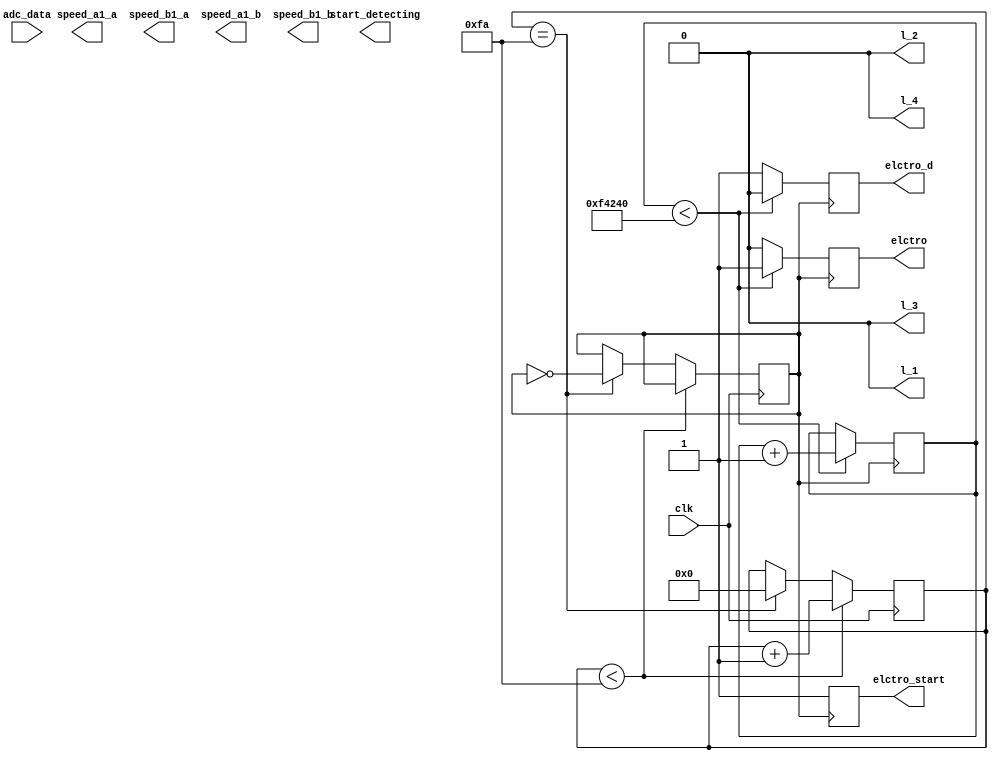
module control_bot(
	input clk,
	input [2:0] adc_data,
	output [6:0] speed_a1_a , // speed of right motor 
	output [6:0] speed_b1_a , // speed of right motor
	output [6:0] speed_a1_b , // speed of left motor
	output [6:0] speed_b1_b,  // speed of left motor
	

	
	//*******************LED Output**********************
	output l_1,
	output l_2,
	output l_3,
	output l_4,
	
	//**************Electromagnet Output******************
	output elctro,
	output elctro_start,
	output elctro_d,
	//**************Color output
	output start_detecting
	
	//*****************************************
);


	reg r_elctro_start;
//********************************************
	reg r_l_1 = 0; 
	reg r_l_2 = 0;
	reg r_l_3 = 0;
	reg r_l_4 = 0;
	
	assign l_1 = r_l_1;
	assign l_2 = r_l_2;
	assign l_3 = r_l_3;
	assign l_4 = r_l_4;	
//********************************************


	reg r_elctro ;
	reg r_elctro_d ;

// varialbles for speed
	reg [6:0] r_speed_a1_a ; // speed of right motor 
	reg [6:0] r_speed_a1_b  ; // speed of right motor
	reg [6:0] r_speed_b1_a ; // speed of left motor
	reg [6:0] r_speed_b1_b  ; // speed of left mot
	
	// for nodes 4 bits regs
	reg c_d ;
	reg [5:0] counter = 1;
	reg [3:0] current_node = wait_for_node;  // to indicate current node 
	reg [3:0] next_node =node_1 ;  // to indicate next node
	
	
	//for actions and processes			
	reg [2:0] action_to_take = follow_line ;  // 3 bit  to hold the actions(turns) to take		
		
	// defining states to use in the state macine logic
	parameter wait_for_node = 4'b0000;
	parameter node_1 = 4'b0001;
	parameter node_2 = 4'b0010;
	parameter node_3 = 4'b0011;
	parameter node_4 = 4'b0100;
	parameter node_5 = 4'b0101; 
	parameter node_6 = 4'b0110;
	parameter node_7 = 4'b0111;
	parameter node_8 = 4'b1000;
	parameter node_0 = 4'b1001;
	
	//--------------node_condition------------------
	
	parameter	follow_line = 3'b000;
	parameter	turn_R = 3'b001;
	parameter	turn_L = 3'b011;
	parameter	go_st = 3'b110;
	
	// defining tasks for line following and turning ---------------------------------------------------------------------------------------
 	task line_follow ();  // this is used to follow line
	begin
		// adac_data is 3 bit bus and the bits represent the sensors itself. '1' means line detected '0' otherwise
		case (adc_data)
							// MSB is left_sensor and LSB is right_sensor
			3'b001 :
			begin
				r_speed_a1_a = 0;
				r_speed_b1_a = 0; 
				r_speed_a1_b = 85;//79
				r_speed_b1_b = 50;//34
			end
			
			//------------------right_turn-------------------
			3'b011 :
			begin
				r_speed_a1_a = 0; 
				r_speed_b1_a = 0; 
				r_speed_a1_b = 85;//79
				r_speed_b1_b = 55;//39
			end
			//-----------------straight--------------------
			3'b010 :
			begin	
				r_speed_a1_a = 0; 
				r_speed_b1_a = 0; 
				r_speed_a1_b = 80;//62.5
				r_speed_b1_b = 77;//58.5
			end

			//-----------------left_turn----------------
			3'b110 :
			begin
				r_speed_a1_a = 0; 
				r_speed_b1_a = 0; 
				r_speed_a1_b = 40;
				r_speed_b1_b = 80;
			end
			//-------------------left_arc-----------
			3'b100 :
			begin
				r_speed_a1_a = 0; 
				r_speed_b1_a = 0; 
				r_speed_a1_b = 40;
				r_speed_b1_b = 80;
		   end
			
			3'b000 :
			begin
				r_speed_a1_a = 0; 
				r_speed_b1_a = 90; 
				r_speed_a1_b = 75;
				r_speed_b1_b = 0;
			end
		endcase
	end
	endtask
	
	task turn_right ();  // to turn right
		begin
		r_speed_a1_a = 0;
		r_speed_b1_a = 35;
		r_speed_a1_b = 90;
		r_speed_b1_b = 0; 
		end
	endtask
	
	task turn_left (); // to turn left
		begin
		r_speed_a1_a = 40;
		r_speed_b1_a = 0;
		r_speed_a1_b = 0;
		r_speed_b1_b = 85; 
		end
	endtask
	
	
	task go_straight (); // to go straight speed should be as low as possible
		begin
		r_speed_a1_a = 0;
		r_speed_b1_a = 0;
		r_speed_a1_b = 80;
		r_speed_b1_b = 77;
		end
	endtask
	
	//-----------------clock_scaling---------------------------------
	
	reg clk_o =0;
	reg [20:0] count;
	reg [31:0] n;
	
	initial
	begin
		count =1 ;
		n =500;
		clk_o =0;
	end
	
	
	always @ (posedge clk)
	begin
		if (count < (n/2))
		begin
			count = count +1;
		end
		
		else if (count == (n/2))
		begin
			count = 0;
			clk_o = ~clk_o;
		end
	end
	
	reg[32:0]c_T=0;
	
	
	//reg elctro_d;
 /////////////////////////////////////////////////////////////////// 
 
	//********************Main Function*************
	always @ (posedge clk_o)
	begin
	
	r_elctro_start=1;
	if(c_T< 1000000)
	begin////////////////*********PICK box
	r_elctro_d=0;
	r_elctro=1;
	c_T=c_T+1;
	end
	else
	begin////////////////********drop Box
	r_elctro_d=1;
	r_elctro=0;
	end
	/*
	line_follow();
		case(current_node)
		
		wait_for_node:
		begin
			case(action_to_take)
					
				follow_line:
					begin
						line_follow();
						if( adc_data == 3'b111)	
						begin
							r_speed_a1_a = 0; 
							r_speed_b1_a = 0; 
							r_speed_a1_b = 60;
							r_speed_b1_b = 60;
							
							current_node =  next_node;
						end
					end
					
					turn_R:
					begin
						turn_right();
						if (adc_data != 3'b111 &  adc_data != 3'b000 & (adc_data == 3'b001 || adc_data == 3'b011)) action_to_take = follow_line;
					end
					
					turn_L:
					begin
						turn_left();
						if (adc_data != 3'b111 &  adc_data != 3'b000) action_to_take = follow_line;
					end

					go_st:
					begin
						go_straight();
						if (adc_data != 3'b111 &  adc_data != 3'b000 &  (adc_data == 3'b010)) action_to_take = follow_line;
					end
				endcase
			end
		   
		node_1:
		begin
			next_node = node_2;
			action_to_take = go_st;
			current_node = wait_for_node;
			//**********************************
			r_l_1 = 1; 
			r_l_2 = 0;
			r_l_3 = 0;
			r_l_4 = 0;
			//**********************************
			c_d = 0;
		end
		
		node_2:
		begin
			next_node = node_3;
			action_to_take = go_st;
			current_node = wait_for_node;
			//**********************************
			r_l_1 = 0; 
			r_l_2 = 1;
			r_l_3 = 0;
			r_l_4 = 0;
			//**********************************
			c_d = 0;
		end
		
		node_3:
		begin
			
			action_to_take = turn_R;
			
			current_node = wait_for_node;
			next_node = node_4;
			//**********************************
			r_l_1 = 1; 
			r_l_2 = 1;
			r_l_3 = 1;
			r_l_4 = 1;
			//**********************************
			c_d = 0;
			r_elctro =0;
		end
			
		node_4:
		begin

			r_speed_a1_a = 100;
			r_speed_b1_a = 100;
			r_speed_a1_b = 0;
			r_speed_b1_b = 0;
			if (adc_data == 3'b010)
			begin
			//current_node = wait_for_node;
			next_node =node_6;
			r_speed_a1_a = 100;
			r_speed_b1_a = 100;
			r_speed_a1_b = 0;
			r_speed_b1_b = 0;
			current_node = node_4;
			end
			if (adc_data == 3'b010)
			begin
			//current_node = wait_for_node;
			//next_node =node_6;
			r_speed_a1_a = 100;
			r_speed_b1_a = 100;
			r_speed_a1_b = 0;
			r_speed_b1_b = 0;
			current_node = node_4;
			end
			
			if (adc_data == 3'b111)
			begin
			r_speed_a1_a = 100;
			r_speed_b1_a = 100;
			r_speed_a1_b = 0;
			r_speed_b1_b = 0;
			current_node = node_4;
			if (adc_data == 3'b111) current_node = wait_for_node;
			end
			
			r_speed_a1_a = 100;
			r_speed_b1_a = 100;
			r_speed_a1_b = 0;
			r_speed_b1_b = 0;
			//**********************************
			r_l_1 = 0; 
			r_l_2 = 0;
			r_l_3 = 1;
			r_l_4 = 0;
			
		   r_elctro =0;
			//**********************************
			c_d = 0;
		end
			
		node_5:
		begin
			next_node = node_6;
			r_speed_a1_a = 100;
			r_speed_b1_a = 0;
			r_speed_a1_b = 0;
			r_speed_b1_b = 100;
			current_node = wait_for_node;
			//**********************************
			r_l_1 = 1; 
			r_l_2 = 0;
			r_l_3 = 1;
			r_l_4 = 0;
			//**********************************
		   c_d = 0;
			r_elctro =0;
		end
			
		node_6:
		begin
			next_node = node_7;
			action_to_take = turn_R;;
			current_node = wait_for_node;
			//**********************************
			r_l_1 = 0; 
			r_l_2 = 1;
			r_l_3 = 1;
			r_l_4 = 0;
			//**********************************
			c_d = 0;
			r_elctro =0;
		end
		
		node_7:
		begin
				next_node = node_8;
				action_to_take = go_st;
				current_node = wait_for_node;
			//**********************************
				r_l_1 = 0; 
				r_l_2 = 0;
				r_l_3 = 0;
				r_l_4 = 1;
			//**********************************
				c_d = 0;
				r_elctro =0;
			
		end
				
		node_8:
		begin
				next_node = node_0;
				action_to_take = go_st;
				current_node = wait_for_node;
			//**********************************
				r_l_1 = 0; 
				r_l_2 = 0;
				r_l_3 = 0;
				r_l_4 = 1;
			//**********************************
				c_d = 0;
				r_elctro =0;
    	end
		
			
	   node_0:
		begin
			r_speed_a1_a = 0;
			r_speed_b1_a = 0;
			r_speed_a1_b = 0;
			r_speed_b1_b = 0;
			r_elctro =1;
		end
		
		default:
		begin
			r_l_1 = 0; 
			r_l_2 = 0;
			r_l_3 = 0;
			r_l_4 = 0;
		end
		endcase*/
	end
	
	//assigning output
	assign elctro_start=r_elctro_start;
	assign elctro_d = r_elctro_d;
	assign elctro = r_elctro;
	assign start_detecting = c_d;
	assign speed_a1_a =  r_speed_a1_a ; 
	assign speed_a1_b =  r_speed_a1_b ;
	assign speed_b1_a =  r_speed_b1_a ; 
	assign speed_b1_b =  r_speed_b1_b ;
	
endmodule